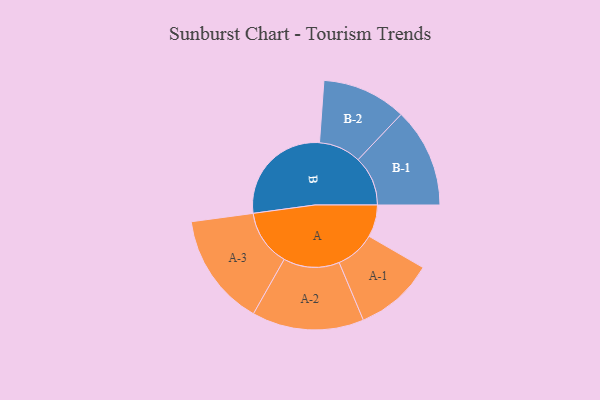
{"axis": {"x": "Segment", "y": "Value"}, "legend": ["", "A", "B"], "data": [{"x": "A", "y": 119, "type": ""}, {"x": "B", "y": 403, "type": ""}, {"x": "A-1", "y": 147, "type": "A"}, {"x": "A-2", "y": 207, "type": "A"}, {"x": "A-3", "y": 209, "type": "A"}, {"x": "B-1", "y": 184, "type": "B"}, {"x": "B-2", "y": 156, "type": "B"}]}